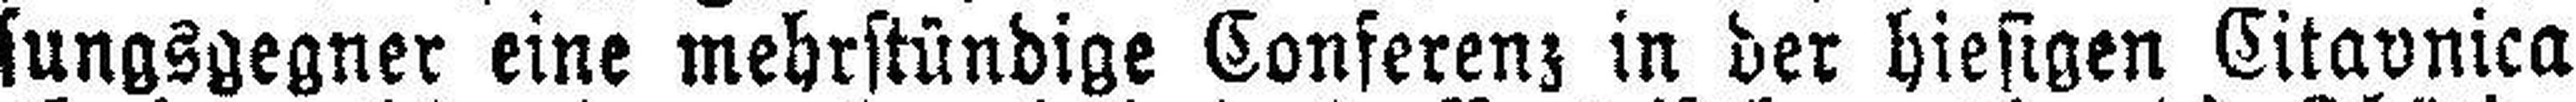
sungsgegner eine mehrstündige Conferenz in der hiesigen Citavnica